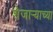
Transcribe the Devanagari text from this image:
शेजार्‍याच्या